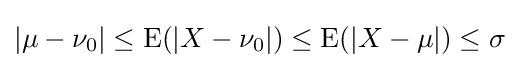
|\mu -\nu _{0}|\leq \operatorname {E} (|X-\nu _{0}|)\leq \operatorname {E} (|X-\mu |)\leq \sigma